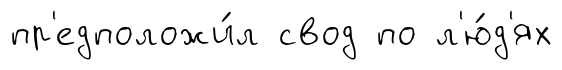
пр'едположи́л свод по л'ю́д'ях